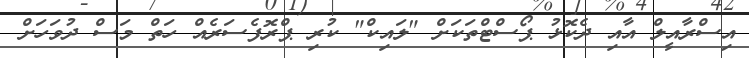
އިސްރާއީލް އާއި ދެކޮޅު ޕޯސްޓްތަކަށް "ލައިކް" ކުރި ޕްރޮފެސަރެއް ހަތް މަސް ދުވަހަށް